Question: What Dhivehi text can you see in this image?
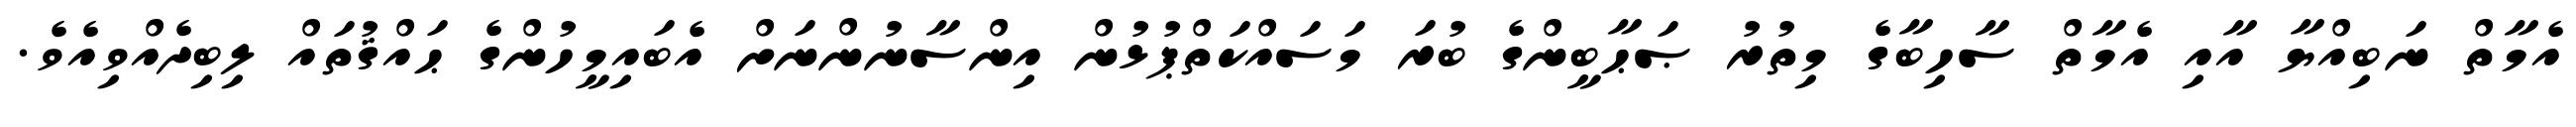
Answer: އެމާތް ނަބިއްޔާ އާއި އެމާތް ސާހިބާގެ މިތުރު ޞަޙާބީންގެ ބުރަ މަސައްކަތްޕުޅުން އިންސާނުންނަށް އެބައިމީހުންގެ ޙައްޤުތައް ލިބިދެއްވިއެވެ.